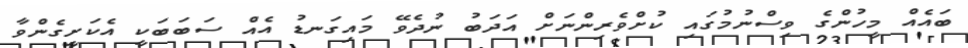
ބައެއް މީހުންގެ ވިސްނުމުގައި ކުށްވެރިންނަށް އަދަބު ނުދެވޭ މައިގަނޑު އެއް ސަބަބަކީ އެކަށީގެންވާ